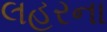
લહરના